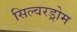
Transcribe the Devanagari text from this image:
सिल्वरड्रोम